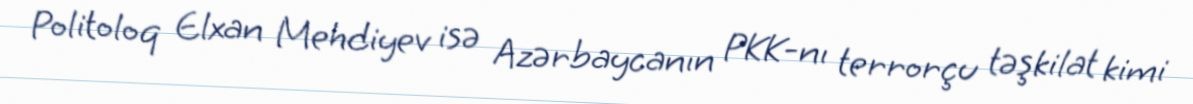
Politoloq Elxan Mehdiyev isə Azərbaycanın PKK-nı terrorçu təşkilat kimi